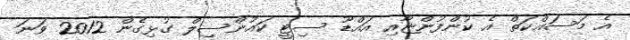
އެ މަސައްކަތް އެ ކުންފުންޏާއި އައްޑޫ ސިޓީ ކައުންސިލް ގުޅިގެން 2012 ވަނަ